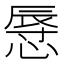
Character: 𢟲